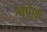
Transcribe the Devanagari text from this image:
श्वपाक